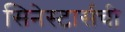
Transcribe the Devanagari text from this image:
सिनेस्टार्सची